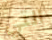
التي